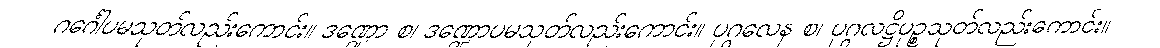
ဂင်္ဂေါပမသုတ်လည်းကောင်း။ ဒဏ္ဍော စ၊ ဒဏ္ဍောပမသုတ်လည်းကောင်း။ ပုဂ္ဂလေန စ၊ ပုဂ္ဂလဋ္ဌိပုဉ္စသုတ်လည်းကောင်း။